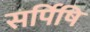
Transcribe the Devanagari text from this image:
सर्पिषि